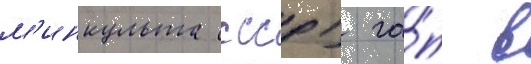
м'инкульта ссср) га́п в